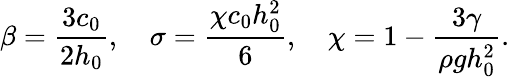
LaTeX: \beta=\frac{3c_{0}}{2h_{0}},~~~~\sigma=\frac{\chi c_{0}h_{0}^{2}}{6},~~~~\chi=1-\frac{3\gamma}{\rho gh_{0}^{2}}.